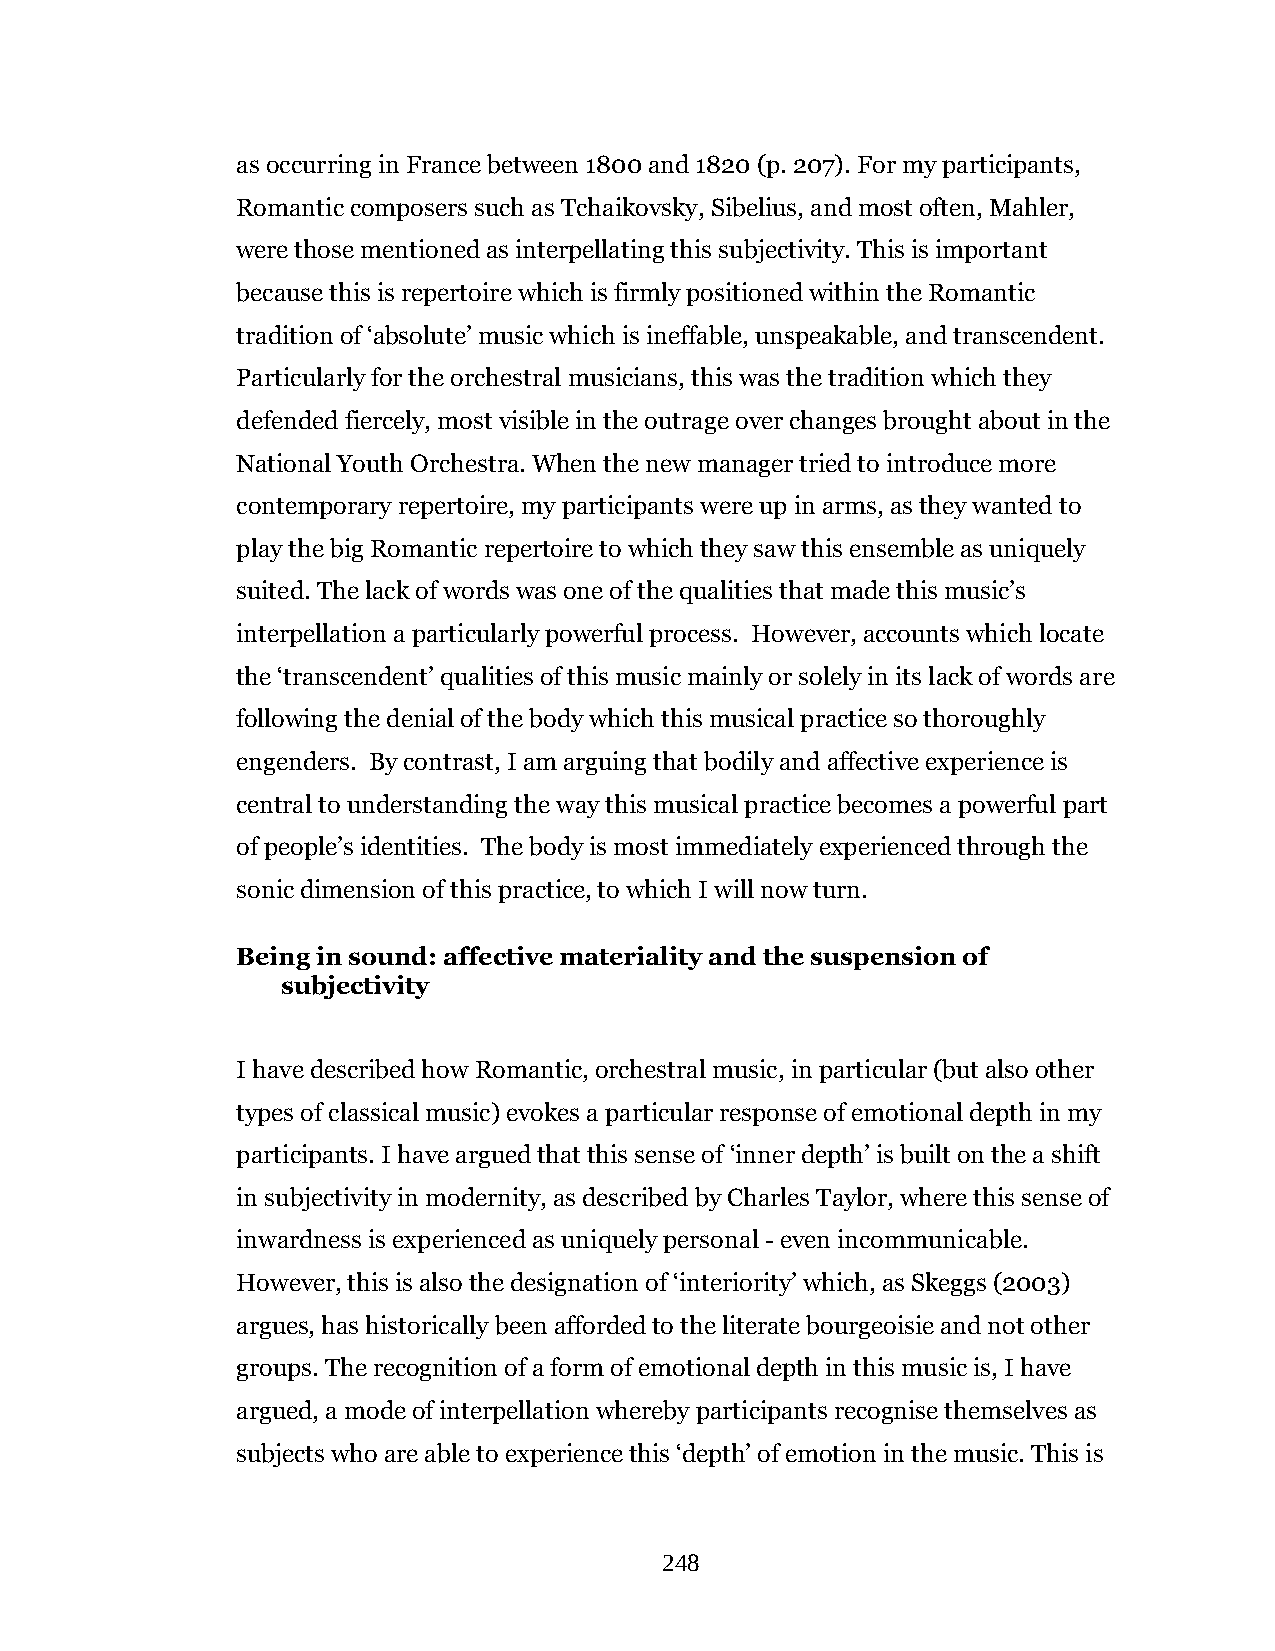
as occurring in France between 1800 and 1820 (p. 207). For my participants,
 Romantic composers such as Tchaikovsky, Sibelius, and most often, Mahler,
 were those mentioned as interpellating this subjectivity. This is important
 because this is repertoire which is firmly positioned within the Romantic
 tradition of ‘absolute’ music which is ineffable, unspeakable, and transcendent.
 Particularly for the orchestral musicians, this was the tradition which they
 defended fiercely, most visible in the outrage over changes brought about in the
 National Youth Orchestra. When the new manager tried to introduce more
 contemporary repertoire, my participants were up in arms, as they wanted to
 play the big Romantic repertoire to which they saw this ensemble as uniquely
 suited. The lack of words was one of the qualities that made this music’s
 interpellation a particularly powerful process. However, accounts which locate
 the ‘transcendent’ qualities of this music mainly or solely in its lack of words are
 following the denial of the body which this musical practice so thoroughly
 engenders. By contrast, I am arguing that bodily and affective experience is
 central to understanding the way this musical practice becomes a powerful part
 of people’s identities. The body is most immediately experienced through the
 sonic dimension of this practice, to which I will now turn.
 Being in sound: affective materiality and the suspension of
 subjectivity
 I have described how Romantic, orchestral music, in particular (but also other
 types of classical music) evokes a particular response of emotional depth in my
 participants. I have argued that this sense of ‘inner depth’ is built on the a shift
 in subjectivity in modernity, as described by Charles Taylor, where this sense of
 inwardness is experienced as uniquely personal - even incommunicable.
 However, this is also the designation of ‘interiority’ which, as Skeggs (2003)
 argues, has historically been afforded to the literate bourgeoisie and not other
 groups. The recognition of a form of emotional depth in this music is, I have
 argued, a mode of interpellation whereby participants recognise themselves as
 subjects who are able to experience this ‘depth’ of emotion in the music. This is
 248